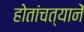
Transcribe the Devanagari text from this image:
होतांचत्यानें